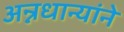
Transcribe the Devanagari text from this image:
अन्नधान्यांने